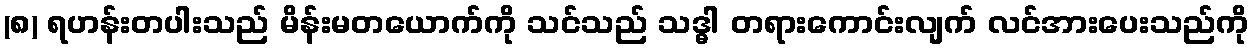
(၈) ရဟန်းတပါးသည် မိန်းမတယောက်ကို သင်သည် သဒ္ဓါ တရားကောင်းလျက် လင်အားပေးသည်ကို